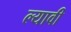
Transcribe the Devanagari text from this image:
ल्यावी